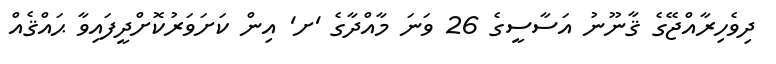
ދިވެހިރާއްޖޭގެ ޤާނޫނު އަސާސީގެ 26 ވަނަ މާއްދާގެ 'ށ' އިން ކަށަވަރުކޮށްދީފައިވާ ޙައްޤެއް